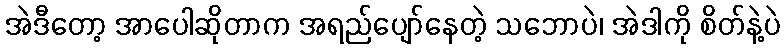
အဲဒီတော့ အာပေါဆိုတာက အရည်ပျော်နေတဲ့ သဘောပဲ၊ အဲဒါကို စိတ်နဲ့ပဲ